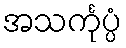
အသင်္ကုပ္ပံ